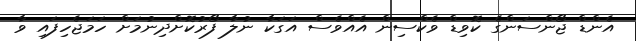
އެންޑް ޖޯންސަންގެ ކޮވިޑް ވެކްސިން އެއްވެސް އަގަކާ ނުލާ ފޯރުކޮށްދިނުމަށް ހަމަޖެހިފައި ވާ